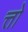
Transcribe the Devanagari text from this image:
त्तो